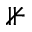
\nVdash